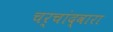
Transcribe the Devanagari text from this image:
चर्चांद्वारा